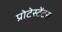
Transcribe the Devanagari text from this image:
प्रोटेस्टेंटस